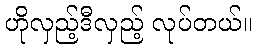
ဟိုလှည့်ဒီလှည့် လုပ်တယ်။